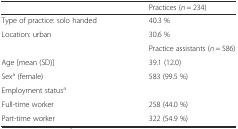
|  | Practices (n = 234) |
 | --- | --- |
 | Type of practice: solo handed | 40.3 % |
 | Location: urban | 30.6 % |
 |  | Practice assistants (n = 586) |
 | Age [mean (SD)] | 39.1 (12.0) |
 | Sexa (female) | 583 (99.5 %) |
 | <COLSPAN=2> Employment statusa |
 | Full-time worker | 258 (44.0 %) |
 | Part-time worker | 322 (54.9 %) |